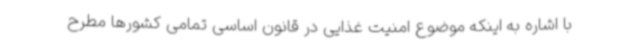
با اشاره به اینکه موضوع امنیت غذایی در قانون اساسی تمامی کشورها مطرح